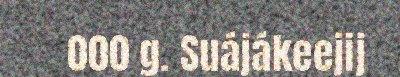
000 g. Suájákeejij